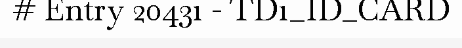
# Entry 20431 - TD1_ID_CARD